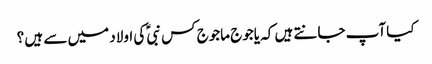
کیا آپ جانتے ہیں کہ یاجوج ماجوج کس نبیؑ کی اولاد میں سے ہیں ؟